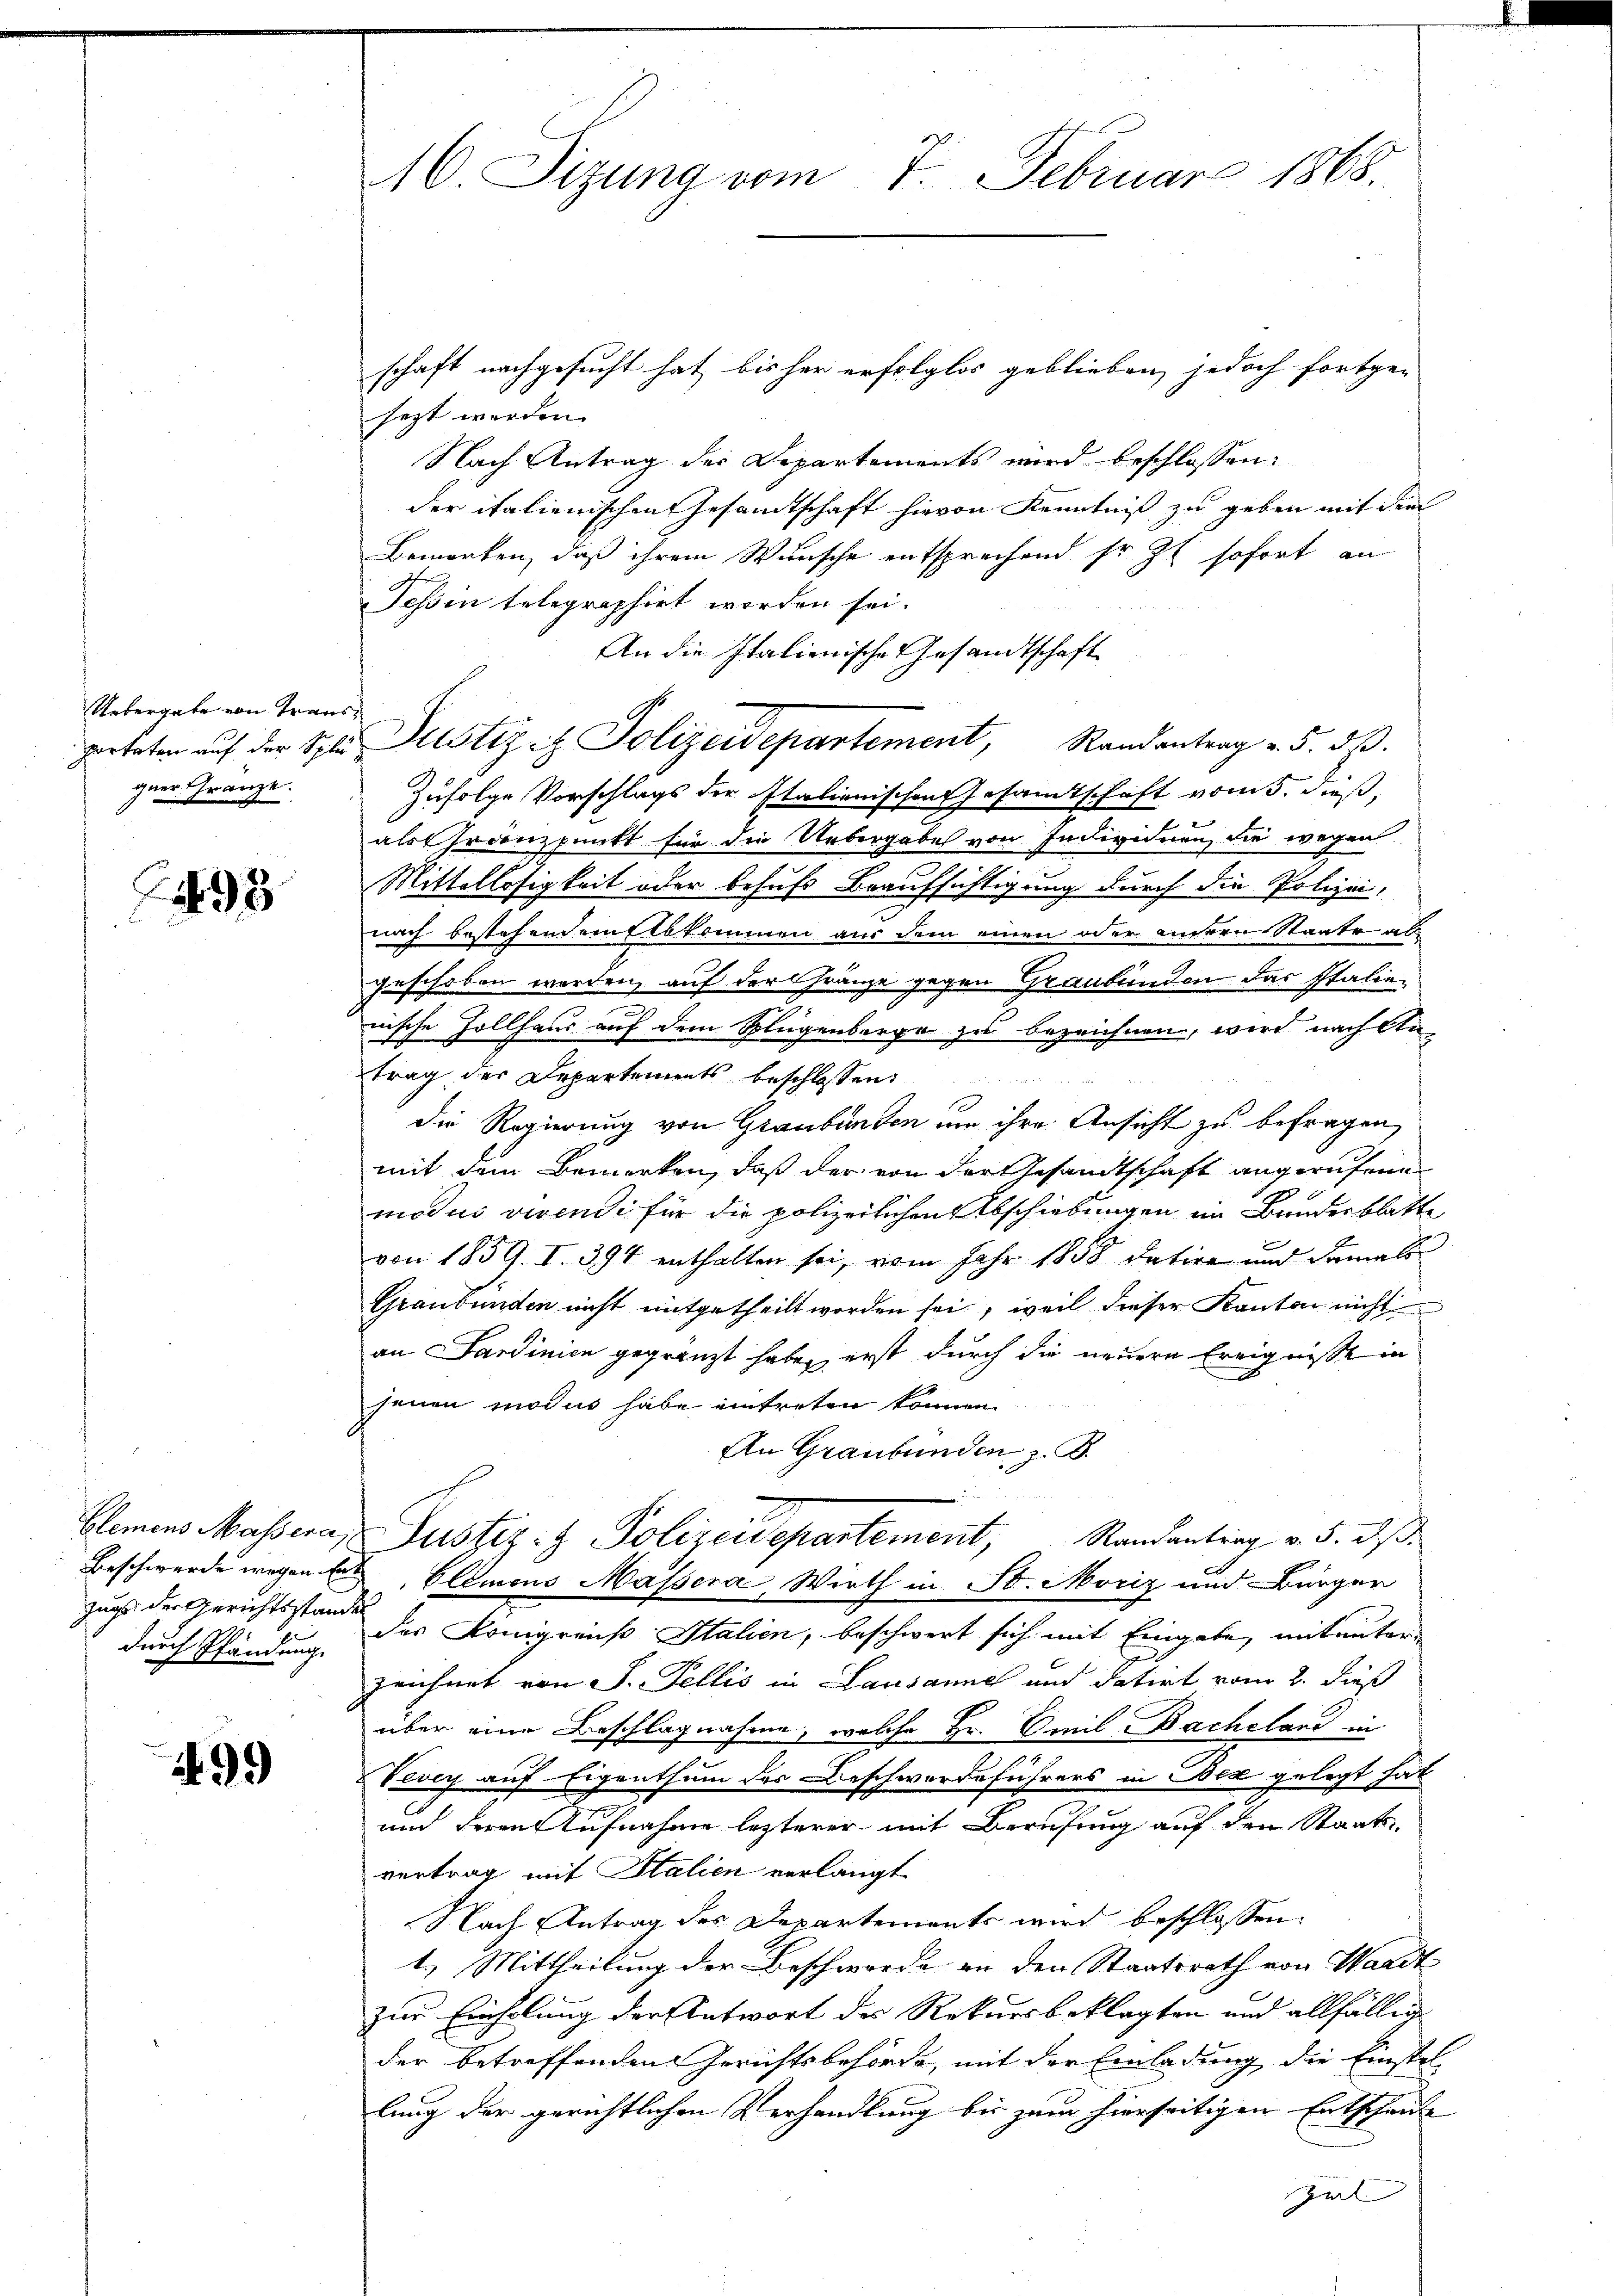
Uebergabe von Transporteten auf der Spläguer Gränze.

95

blemens Massera,
zugs der Gerichtsstande
durch Pfändung.

99

16. Sizung vom 7. Februar 1868.

schaft nachgesucht hat, bis her erfolglos geblieben, jedoch fortge-
sezt werden.
Nach Antrag der Departements wird beschlossen:
der italienischen Gesandtschaft hievon Kenntniß zu geben mit dem
Bemerken, daß ihrem Wunsche entsprechend so zu sofort an
Tessin telegraphirt worden sei.
An die Italienische Gesandtschaft
Justizit Polizeidepartement, Randantrag v. 5. dß.
Zufolge Vorschlags der Italienischen Gesamtschaft vom 5. dieß,
alss Franzpunkt für die Uebergabe von Individuen, die wegen
Mittellosigkeit oder behufs Beaufsichtigung durch die Polizei,
nach bestehendem Elbkommen aus dem einen oder andern Staate abgeschoben werden, auf der Gränze gegen Graubünden das Italie¬
u
nische Zollhaus auf dem Splügenberge zu bezeichnen, wird nach Antrag der Departements beschlossen:
die Regierung von Graubünden um ihre Ansicht zu befragen,
mit dem Bemerken, daß der von der Gesandtschaft angerufene
modus vivendi für die polizeilichen Abschiebungen im Bundesblatte
von 1859. I. 394 enthalten sei, vom Jahr 1858 datire und damals
Graubünden nicht mitgetheilt worden sei, weil dieser Kanton nicht
an Sardinien gegränzt haben, erst durch die neuere Ereignisse in
jenen modus habe eintreten können.
An Graubünden z. B.
Justiz- & Polizeidepartement, Randantirg v. 5. ds.
Beschwerde wegen des Elemons Massera, Wirth in St. Moriz und Bürger
des Königreich Italien, beschwert sich mit Eingabe, mit unterzeichnet von J. Fellis in Lausanne und datirt vom 2. dieß
über eine Beschlagnahme, welche Hr. Emil Bacheland in
Vevey auf Eigenthum der Beschwerdeführers in Bex gelegt hat
und deren Aufnahme lezterer mit Berufung auf den Staats-
vertrag mit Stalien verlangt
Nach Antrag des Departements wird beschlossen:
1.) Mittheilung der Beschwerde an den Staatsrath von Wardt
zur Einholung der Antwort des Rekursbeklagten und allfällig
der betreffenden Gerichtsbehörde, mit der Einladung die Einstellung der gerichtlichen Verhandlung bis zum hierseitigen Entscheide
Zil